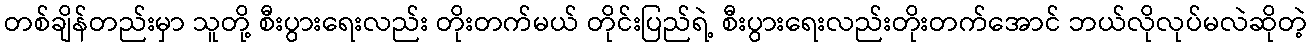
တစ်ချိန်တည်းမှာ သူတို့ စီးပွားရေးလည်း တိုးတက်မယ် တိုင်းပြည်ရဲ့ စီးပွားရေးလည်းတိုးတက်အောင် ဘယ်လိုလုပ်မလဲဆိုတဲ့